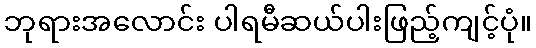
ဘုရားအလောင်း ပါရမီဆယ်ပါးဖြည့်ကျင့်ပုံ။